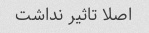
اصلا تاثیر نداشت